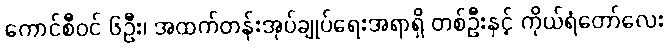
ကောင်စီဝင် ၆ဦး၊ အထက်တန်းအုပ်ချုပ်ရေးအရာရှိ တစ်ဦးနှင့် ကိုယ်ရံတော်လေး